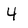
Character: 4